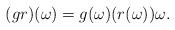
LaTeX: \begin{align*}(gr)(\omega)=g(\omega)(r(\omega))\omega.\end{align*}